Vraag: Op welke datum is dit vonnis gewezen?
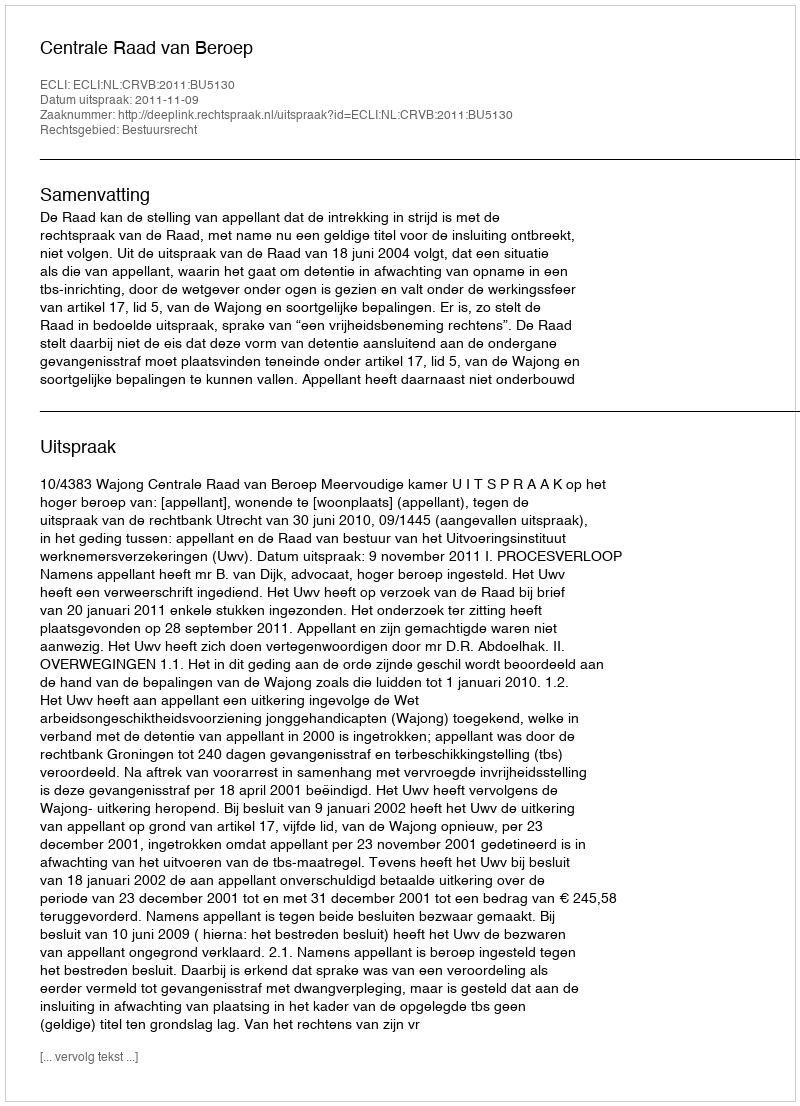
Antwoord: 2011-11-09